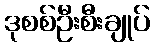
ဒုစစ်ဦးစီးချုပ်